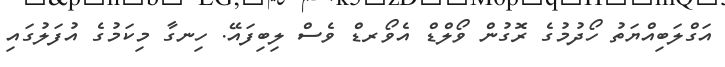
އަގްލަބިއްޔަތު ހޯދުމުގެ ރޮގުން ވޯލްޑް އެވޯރޑް ވެސް ލިބިފައޭ. ހިނގާ މިކަމުގެ އުފަލުގައި